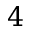
4